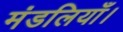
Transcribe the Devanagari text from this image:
मंडलियाँ।